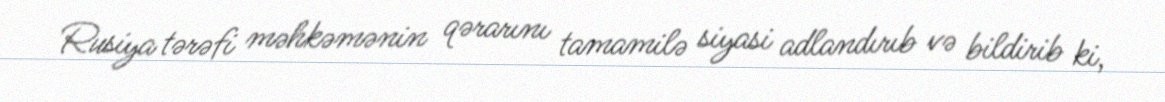
Rusiya tərəfi məhkəmənin qərarını tamamilə siyasi adlandırıb və bildirib ki,